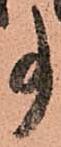
事